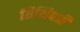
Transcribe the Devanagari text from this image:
तिथिपत्री